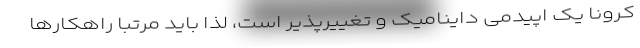
کرونا یک اپیدمی داینامیک و تغییرپذیر است، لذا باید مرتبا راهکارها